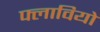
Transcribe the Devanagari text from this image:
फ्लावियो